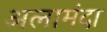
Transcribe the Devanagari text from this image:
अलामंदा